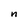
Character: n